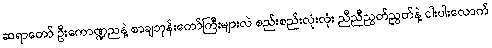
ဆရာတော် ဦးကောဏ္ဍညနဲ့ စာချဘုန်းတော်ကြီးများလဲ စည်းစည်းလုံးလုံး ညီညီညွတ်ညွတ်နဲ့ ငါးပါးလောက်